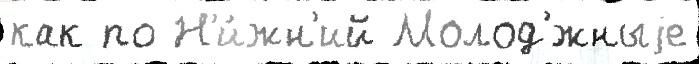
как по Н'и́жн'ий Молод'́жныjе